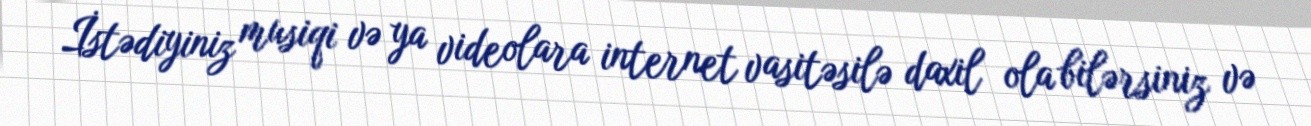
İstədiyiniz musiqi və ya videolara internet vasitəsilə daxil ola bilərsiniz və